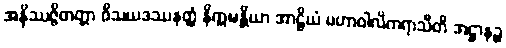
အနိဿဇ္ဇိတတ္တာ ဝိသယဒဿနတ္ထံ နိက္ကဍ္ဎန္တိယာ အာဠိယံ မဟာဝါလိကရာသီတိ အဋ္ဌာနဉ္စ